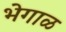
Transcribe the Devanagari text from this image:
भेगाळ